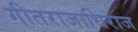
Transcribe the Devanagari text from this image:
गीतराजाधिराज